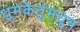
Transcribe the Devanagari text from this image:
धूमकेतूंमधून